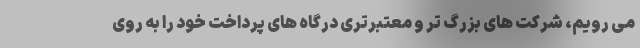
می رویم، شرکت های بزرگ تر و معتبرتری درگاه های پرداخت خود را به روی